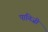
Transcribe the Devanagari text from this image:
पानिज़ी